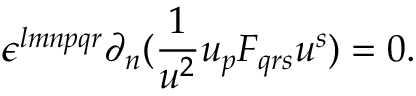
\epsilon ^ { l m n p q r } \partial _ { n } ( { \frac { 1 } { u ^ { 2 } } } u _ { p } { \cal F } _ { q r s } u ^ { s } ) = 0 .